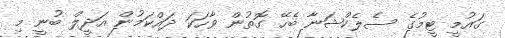
ގައުމީ ޓީމުގެ ސެލެކްޝަނާ ބެހޭ ގޮތުން ވާހަކަ ދައްކަމުން އަދީލް ބުނީ މި